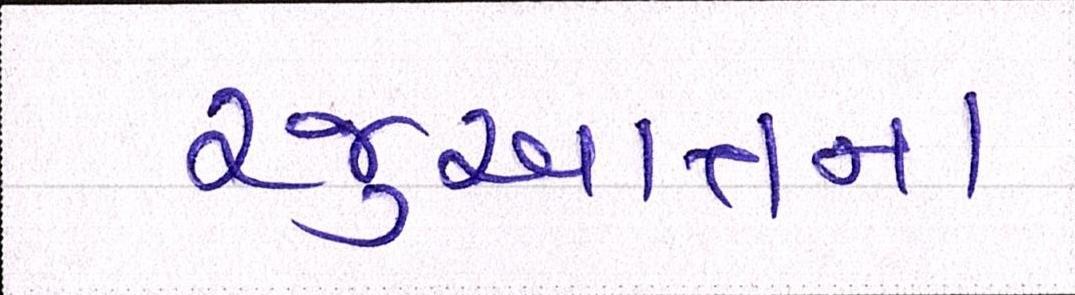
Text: રજુઆતના